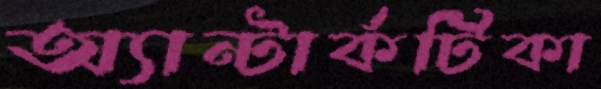
অ্যান্টার্কটিকা